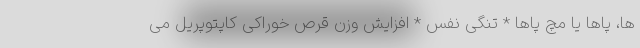
ها، پاها یا مچ پاها * تنگی نفس * افزایش وزن قرص خوراکی کاپتوپریل می